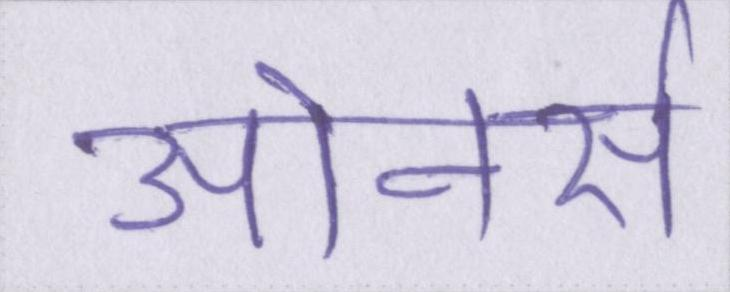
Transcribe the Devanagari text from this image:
ओनर्स